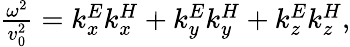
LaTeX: \begin{array}{r}{\frac{\omega^{2}}{v_{0}^{2}}=k_{x}^{E}k_{x}^{H}+k_{y}^{E}k_{y}^{H}+k_{z}^{E}k_{z}^{H},}\end{array}